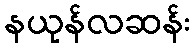
နယုန်လဆန်း